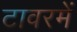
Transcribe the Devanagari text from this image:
टावरमें